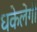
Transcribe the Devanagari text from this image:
धकेलेंगी